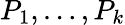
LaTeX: P_{1},\ldots,P_{k}